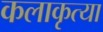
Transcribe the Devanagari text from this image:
कलाकृत्या